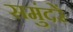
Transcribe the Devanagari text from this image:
समुंदरें